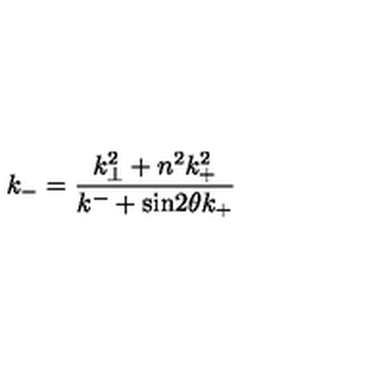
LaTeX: k _ { - } = \frac { k _ { \bot } ^ { 2 } + n ^ { 2 } k _ { + } ^ { 2 } } { k ^ { - } + \mathrm { s i n } 2 { \theta } k _ { + } }